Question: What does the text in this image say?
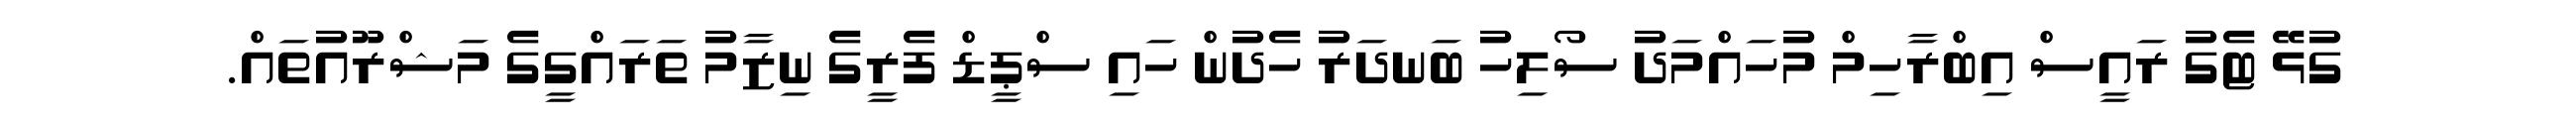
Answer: ގުޅޭ ޓެގު ރައީސް އިބްރާހިމް މުހައްމަދު ސޯލިހު ބަނދަރު ހެދުން ހައި ސްޕީޑް ފެރީގެ ނިޒާމު ތަރައްގީގެ މަޝްރޫއުތައް.